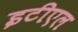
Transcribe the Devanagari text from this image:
इटीएल